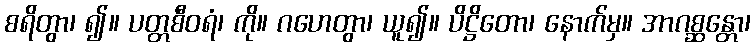
စရိတွာ၊ ၍။ ပတ္တစီဝရံ၊ ကို။ ဂဟေတွာ၊ ယူ၍။ ပိဋ္ဌိတော၊ နောက်မှ။ အာဂစ္ဆန္တော၊